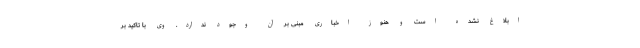
ابلاغ نشده است و هنوز اخباری مبنی بر آن وجود ندارد. وی با تاکید بر